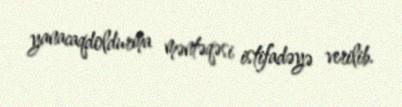
yanacaqdoldurma məntəqəsi istifadəyə verilib.